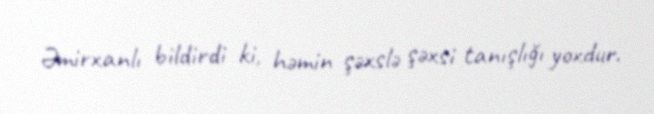
Əmirxanlı bildirdi ki, həmin şəxslə şəxsi tanışlığı yoxdur.